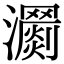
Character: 𤄨